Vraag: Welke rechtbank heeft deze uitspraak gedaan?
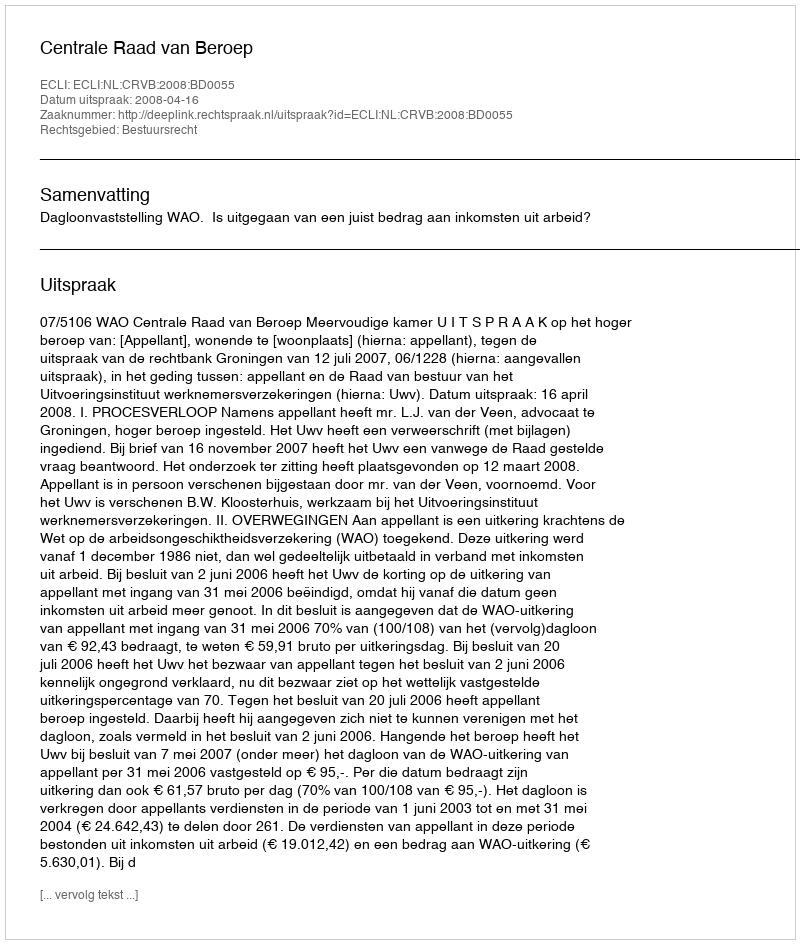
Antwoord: Centrale Raad van Beroep